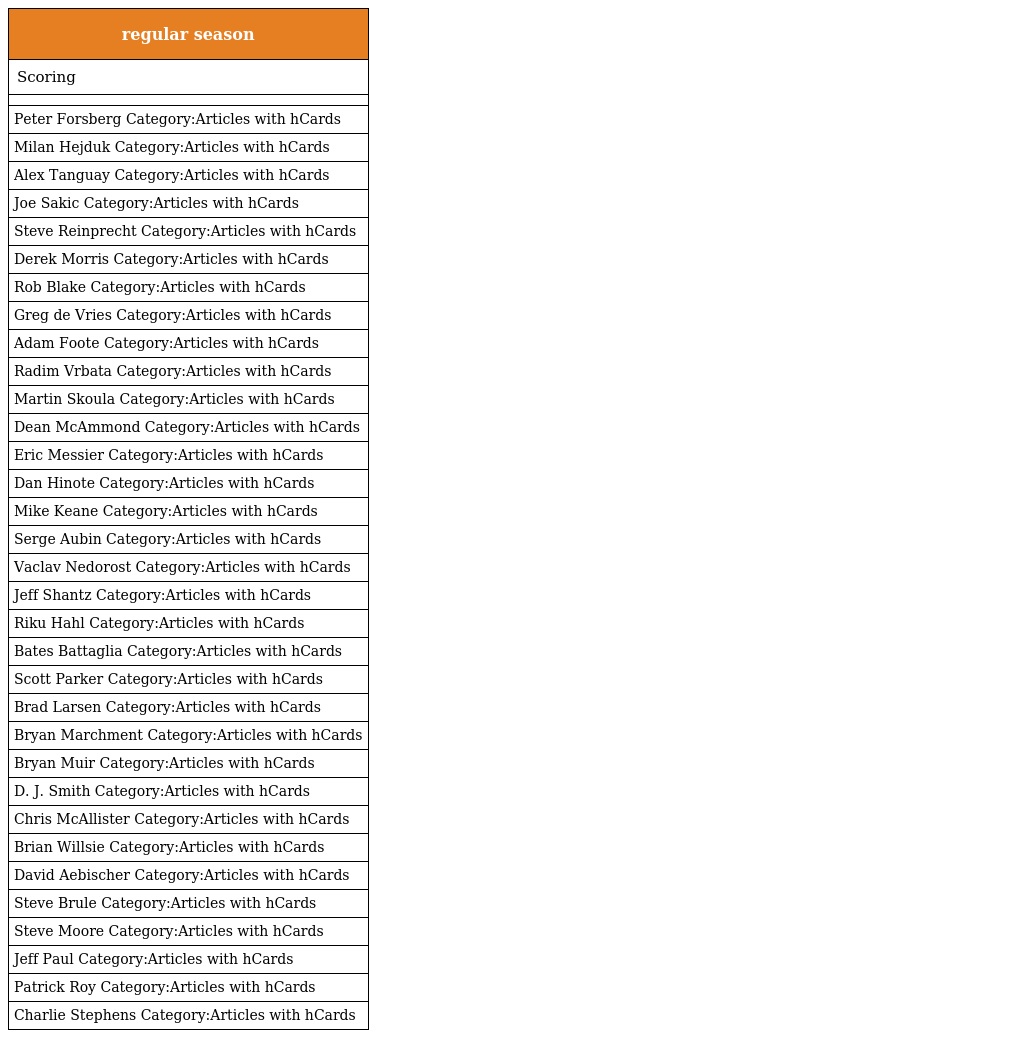
| regular season |
 | --- |
 | Scoring |
 |  |
 | Peter Forsberg Category:Articles with hCards |
 | Milan Hejduk Category:Articles with hCards |
 | Alex Tanguay Category:Articles with hCards |
 | Joe Sakic Category:Articles with hCards |
 | Steve Reinprecht Category:Articles with hCards |
 | Derek Morris Category:Articles with hCards |
 | Rob Blake Category:Articles with hCards |
 | Greg de Vries Category:Articles with hCards |
 | Adam Foote Category:Articles with hCards |
 | Radim Vrbata Category:Articles with hCards |
 | Martin Skoula Category:Articles with hCards |
 | Dean McAmmond Category:Articles with hCards |
 | Eric Messier Category:Articles with hCards |
 | Dan Hinote Category:Articles with hCards |
 | Mike Keane Category:Articles with hCards |
 | Serge Aubin Category:Articles with hCards |
 | Vaclav Nedorost Category:Articles with hCards |
 | Jeff Shantz Category:Articles with hCards |
 | Riku Hahl Category:Articles with hCards |
 | Bates Battaglia Category:Articles with hCards |
 | Scott Parker Category:Articles with hCards |
 | Brad Larsen Category:Articles with hCards |
 | Bryan Marchment Category:Articles with hCards |
 | Bryan Muir Category:Articles with hCards |
 | D. J. Smith Category:Articles with hCards |
 | Chris McAllister Category:Articles with hCards |
 | Brian Willsie Category:Articles with hCards |
 | David Aebischer Category:Articles with hCards |
 | Steve Brule Category:Articles with hCards |
 | Steve Moore Category:Articles with hCards |
 | Jeff Paul Category:Articles with hCards |
 | Patrick Roy Category:Articles with hCards |
 | Charlie Stephens Category:Articles with hCards |